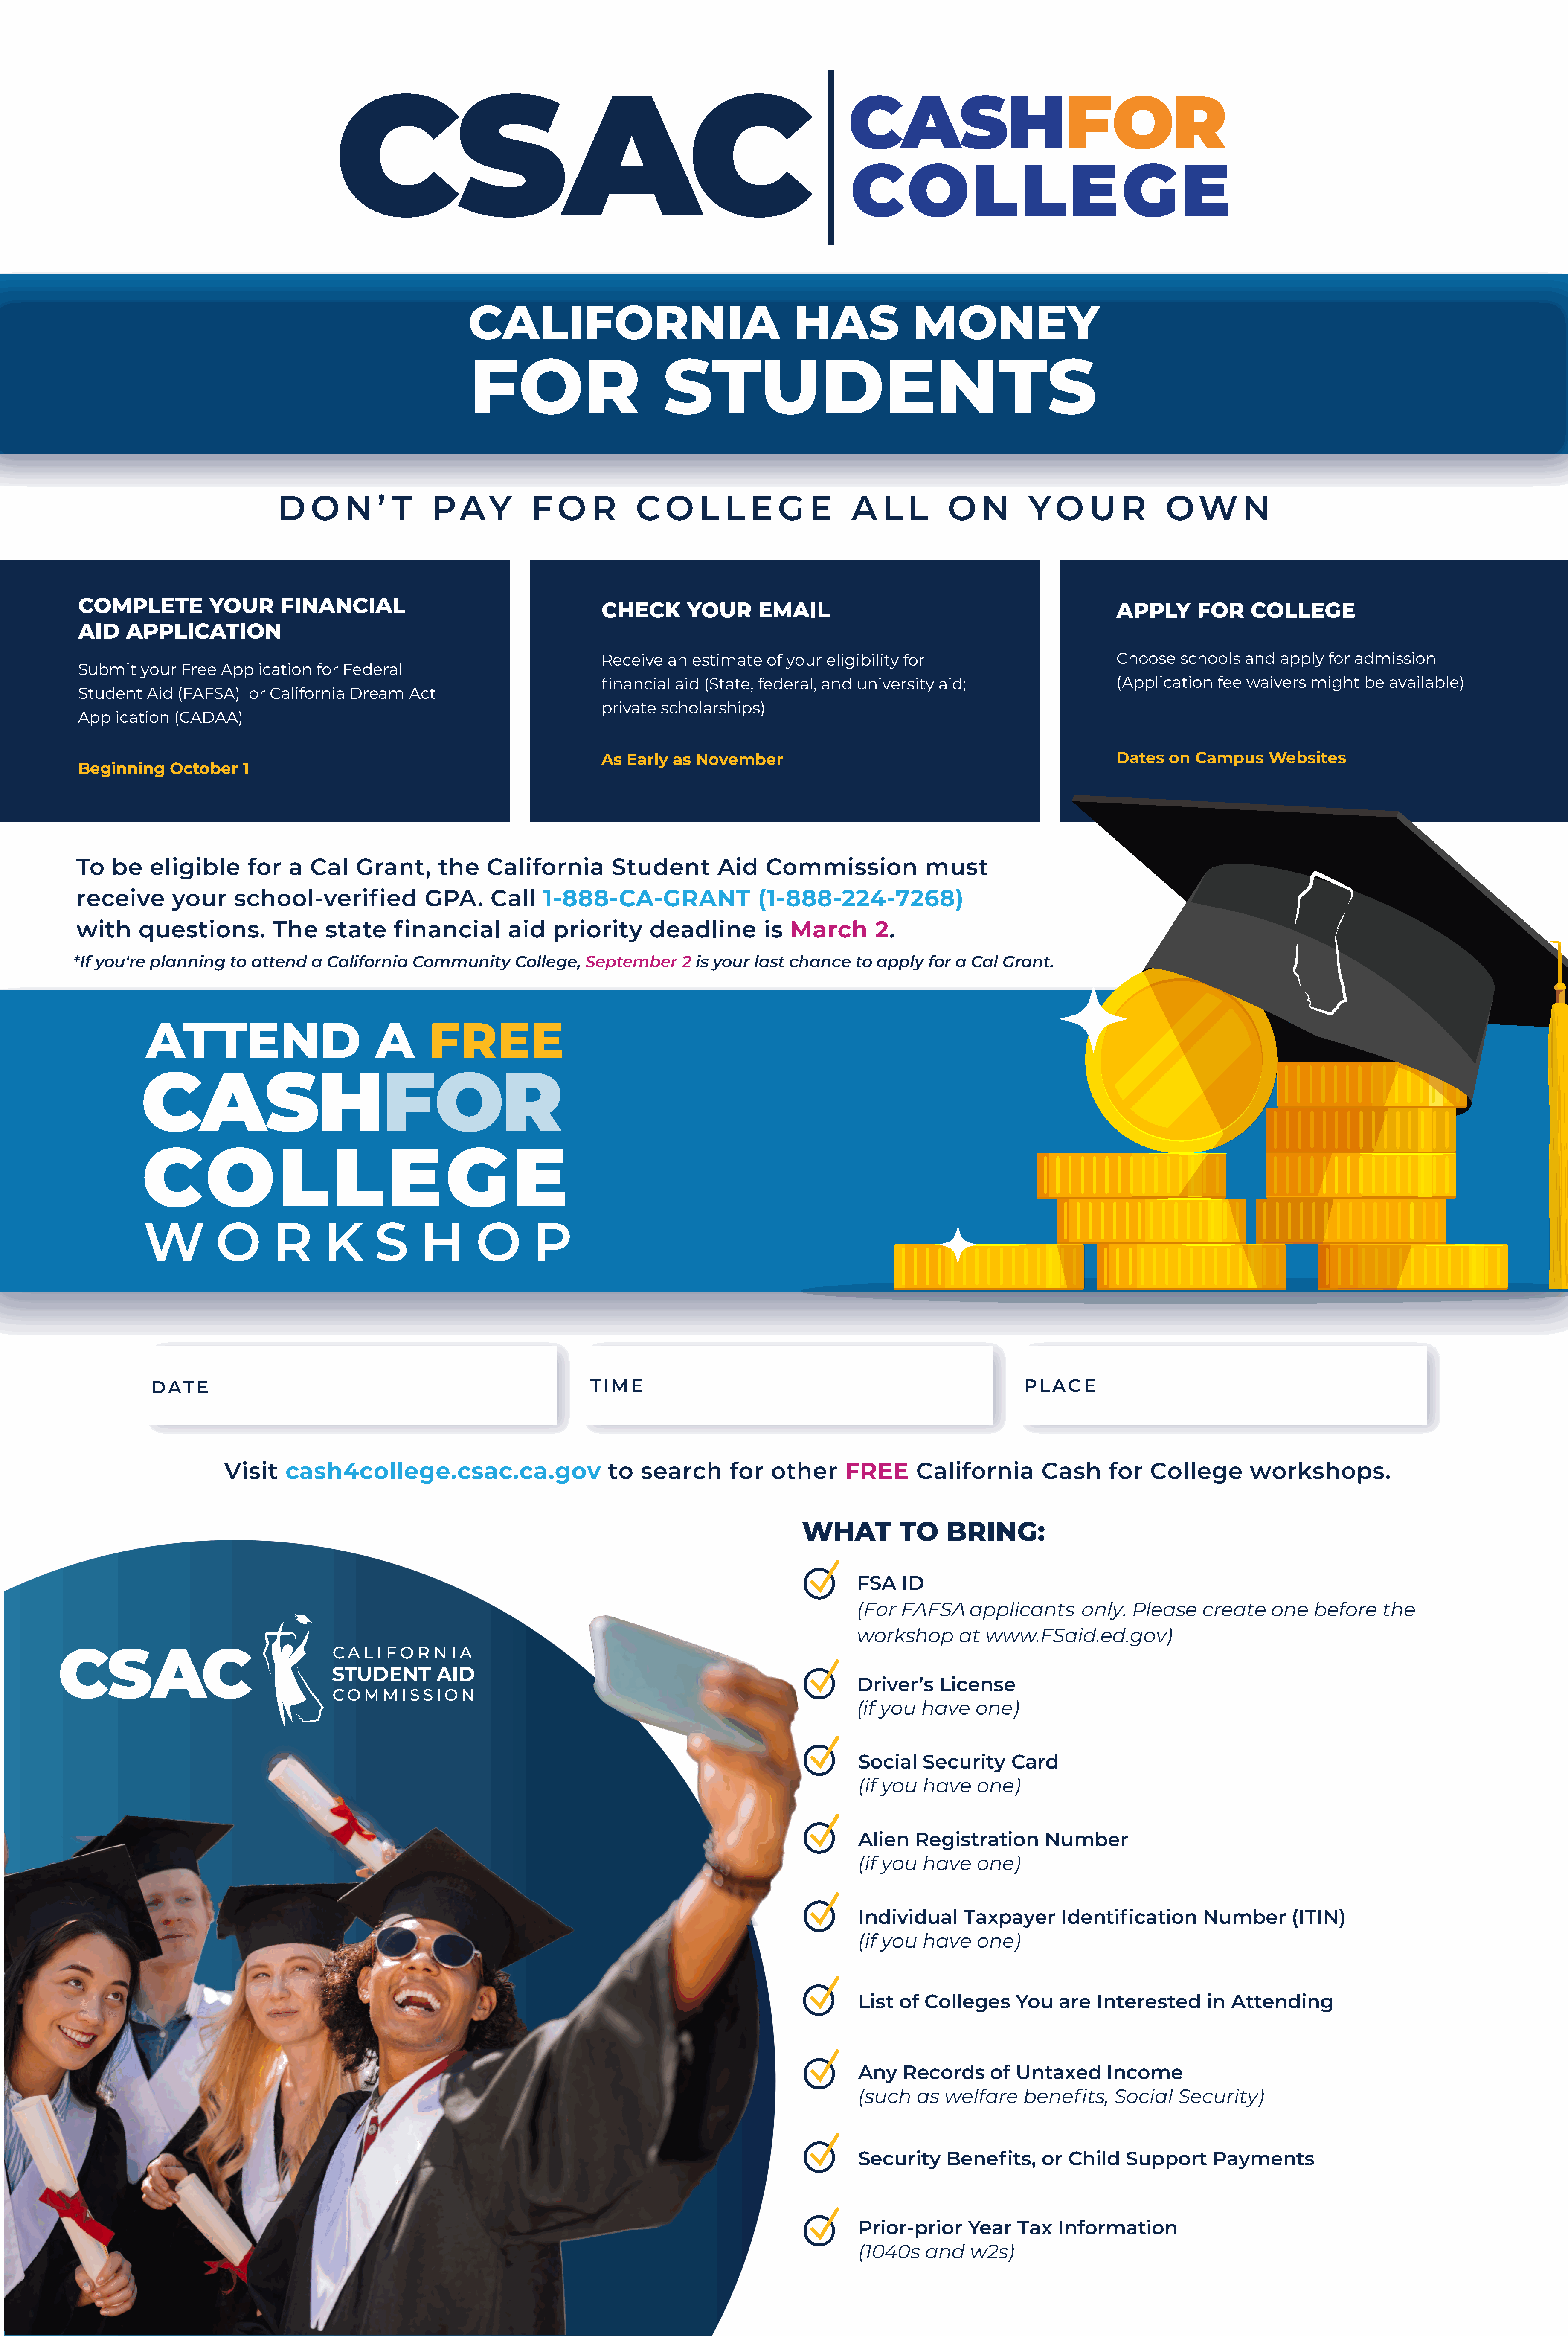
CALIFORNIA                                        HAS                MONEY
 FOR                           STUDENTS
 D    O    N     ’ T     P   A    Y     F   O     R      C   O    L   L   E    G    E     A    L   L     O    N       Y   O    U    R      O    W      N
 COMPLETE            YOUR       FINANCIAL
 CHECK         YOUR       EMAIL                                                  APPLY        FOR     COLLEGE
 AID     APPLICATION
 Receive    an estimate    of your  eligibility for                              Choose    schools   and   apply  for admission
 Submit    your  Free  Application    for Federal
 fnancial    aid (State,  federal, and   university   aid;                       (Application    fee waivers   might    be  available)
 Student    Aid  (FAFSA)    or California  Dream    Act
 private   scholarships)
 Application    (CADAA)
 As  Early  as  November                                                         Dates   on  Campus      Websites
 Beginning     October     1
 To   be    eligible       for    a  Cal    Grant,       the     California         Student         Aid     Commission               must
 receive        your     school-verifed                GPA.      Call    1-888-CA-GRANT                    (1-888-224-7268)
 with      questions.          The     state      fnancial          aid    priority       deadline          is  March        2.
 *If you're  planning     to attend   a  California   Community       College,   September      2 is your  last  chance    to apply   for a  Cal  Grant.
 ATTEND                             A        FREE
 W          O        R       K       S      H        O        P
 DAT    E                                                             TIME                                                               PL  AC   E
 Visit    cash4college.csac.ca.gov                          to   search        for    other      FREE       California         Cash       for   College         workshops.
 WHAT            TO     BRING:
 FSA    ID
 (For  FAFSA      applicants       only.    Please     create    one    before     the
 workshop        at  www.FSaid.ed.gov)
 Driver’s     License
 (if you   have    one)
 Social    Security      Card
 (if you   have     one)
 Alien    Registration        Number
 (if you   have     one)
 Individual       Taxpayer       Identifcation         Number       (ITIN)
 (if you   have     one)
 List   of Colleges       You   are   Interested       in  Attending
 Any    Records       of  Untaxed       Income
 (such    as   welfare     benefts,      Social    Security)
 Security      Benefts,       or  Child    Support      Payments
 Prior-prior      Year    Tax   Information
 (1040s     and    w2s)